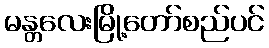
မန္တလေးမြို့တော်စည်ပင်